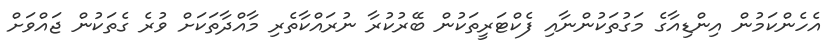
އެހެންކަމުން އިންޑިއާގެ މަގުތަކުންނާއި ފެކްޓަރީތަކުން ބޭރުކުރާ ނުރައްކާތެރި މާއްދާތަކަށް ވުރެ ގެތަކުން ޖައްވަށް